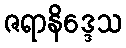
ဇရာနိဒ္ဒေသ